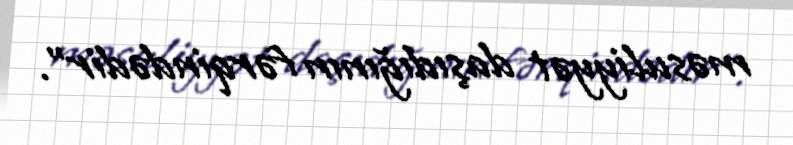
məsuliyyət daşıdığının fərqindədir".